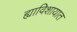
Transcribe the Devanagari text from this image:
ह्याविशायात